Lunatic asylums Bombay report 1878-1890 - 1878-1890
Year: 1878
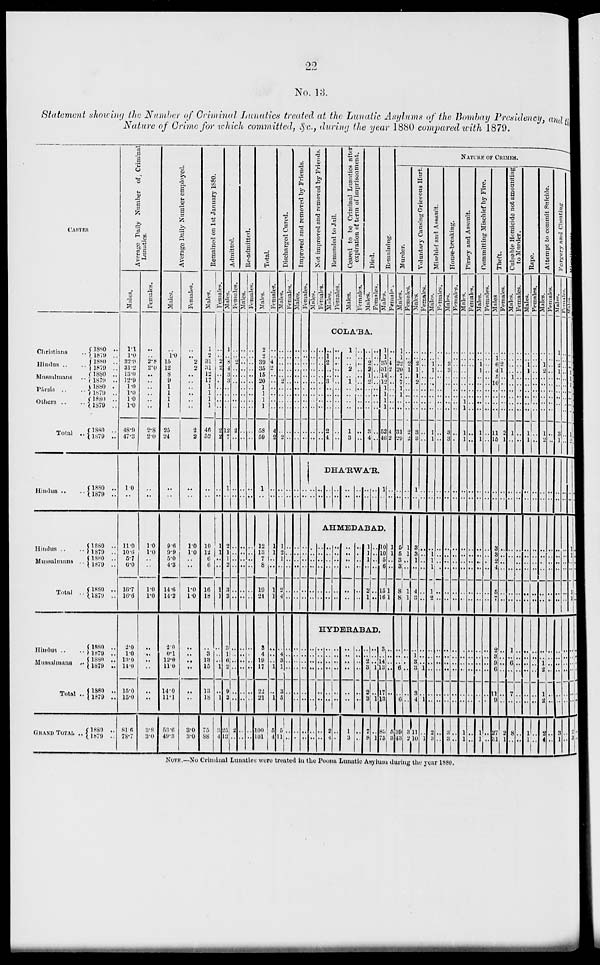
22
No. 13.
Statement showing the Number of Criminal Lunatics treated at the Lunatic Asylums of the Bombay Presidency, and the
Nature of Crime for which committed, &c., during the year 1880 compared with 1879.
CASTES
Christiana ..
Hindus .. ..
Mussulmans ..
Pársis .. ..
Others .. ..
Total ..
Hindus .. ..
Hindus .. ..
Mussalmans ...
Total ..
Hindus .. ..
Mussulmans ..
Total ..
GRAND TOTAL
..
1880 ..
1879 ..
1880 . ..
1879 ...
1880 ..
1879
...
1880
1879
...
1880
..
1879 ..
1880 ..
1879 ..
1880
...
1879 ..
1880 ..
1879
..
1880 ..
1879 ..
1880 ..
1879 ..
1880 ..
1879 ..
1880
..
1879 ..
1880
..
1879 ..
1880 ..
1879 ..
Average Daily Number of Criminal
Lunatics.
Males.
1.1
1.0
32.3
31.2
13.0
12.9
1.0
1.0
1.0
1.0
48.9
47.3
1.0
..
11.0
10.6
5.7
6.0
16.7
16.6
2.0
1.0
13.0
14.0
15.0
15.0
81.6
78.7
Females.
..
..
2.8
2.0
..
..
..
..
..
..
2.8
20
..
...
1.0
1.0
..
..
1.0
1.0
..
..
..
..
..
..
3.8
3.0
Average Daily Number employed.
Males.
..
1.0
15
12
8
9
1
1
1
1
25
24
..
..
9.6
9.9
5.0
4.3
14.6
14.2
2.0
0.1
12.0
11.0
14.0
11.1
53.6
49.3
Females.
..
..
2
2
..
..
..
..
..
..
2
2
..
..
1.0
1.0
..
..
1.0
1.0
..
..
..
..
..
..
3.0
3.0
Remained on 1st January 1880.
Males.
1
2
31
31
12
17
1
1
1
1
46
52
..
..
10
12
6
6
16
18
..
3
13
15
13
18
75
88
Females.
..
..
2
2
..
..
..
..
..
..
2
2
..
..
1
1
..
..
1
1
..
..
..
1
..
1
3
4
Admitted.
Males.
1
..
8
4
3
3
..
..
..
..
12
7
1
..
2
1
1
2
3
3
3
1
6
3
9
3
25
13
Females.
..
..
2
..
..
..
..
..
..
..
2
..
..
..
..
..
..
..
..
..
..
..
..
..
..
..
2
..
Re-admitted.
Males.
..
..
..
..
..
..
..
..
..
..
..
..
..
..
..
..
..
..
..
..
..
..
..
..
..
..
..
..
Females.
..
..
..
..
..
..
..
..
..
..
..
..
..
..
..
..
..
..
..
..
..
..
..
..
..
..
..
..
Total.
Males.
2
2
39
35
15
20
1
1
1
1
58
59
1
..
12
13
7
8
19
21
3
4
19
17
22
21
100
101
Females.
..
..
4
2
..
..
..
..
..
..
4
2
..
..
1
1
..
..
1
1
..
..
..
1
..
1
5
4
Discharged Cured.
Males.
..
..
..
..
.. 2
..
..
..
..
..
2
..
..
1
2
1
..
2
4
..
4
9
1
3
5
5
11
Females.
..
..
..
..
..
..
..
..
..
..
..
..
..
..
..
..
..
..
..
..
..
..
..
..
..
..
..
..
Improved and removed by Friends.
Males.
..
..
..
..
..
..
..
..
..
..
..
..
..
..
..
..
..
..
..
..
..
..
..
..
..
..
..
..
Females.
..
..
..
..
..
..
..
..
..
..
..
..
..
..
..
..
..
..
..
..
..
..
..
..
..
..
..
..
Not improved
and removed by Friends.
Males.
Females.
Remanded to Jail.
Males.
Females.
Ceased to be Criminal Lunatics after
expiration of term of imprisonment.
Males.
Females.
Died.
Males.
Females.
Remaining.
Males.
Female.
COLA'BA.
..
..
..
..
..
..
..
..
..
..
..
..
..
..
..
..
..
..
..
..
..
..
..
..
..
1
2
..
..
..
..
..
..
..
2
4
..
..
..
..
..
..
..
..
..
..
..
..
1
..
..
2
.. 1
..
..
..
..
1
3
..
..
..
..
..
..
..
..
..
..
..
..
..
..
2
2
1
2
..
..
..
..
3
4
..
..
..
..
..
..
..
..
..
..
..
..
..
..
35
31
14
12
..
..
..
..
52
40
..
..
4
2
1
..
..
..
..
..
4
2
DHA'RWA'R.
..
..
..
..
..
..
..
..
..
..
..
..
..
..
..
..
1
..
AHMEDABAD.
..
..
..
..
..
..
..
..
..
..
..
..
..
..
..
..
..
..
..
..
..
..
..
..
..
..
..
..
..
..
..
..
..
..
..
..
1
1
1
..
2
1
..
..
..
..
..
..
10
10
5
6
15
16
HYDERABAD.
..
..
..
..
..
..
..
..
..
..
..
..
..
..
..
..
..
..
..
..
..
..
2
4
..
..
..
..
..
..
..
..
..
..
..
..
..
..
1
3
..
..
..
..
..
..
..
..
..
..
2
3
2
3
7
8
..
..
..
1
..
1
..
1
3
.. 14 13
17
13
83
75
..
..
1
1
..
..
1
1
..
..
..
..
..
..
..
..
NATURE OF CRIMES.
Murder.
Males.
1
1
22
20
7
7
1
1
..
..
31
29
..
..
5
5
3
3
8
8
..
..
..
6
..
6
5
3
Females.
..
..
2
1
..
..
..
..
..
..
2
2
..
..
1
1
..
..
1
1
..
..
..
..
..
..
39
43
Voluntary Causing Grievous Hurt.
Males.
..
..
2
1
1
2
..
..
..
..
3
3
1
..
3
3
1
..
4
3
..
1
3
3
3
4
3
2
Females.
..
..
..
..
..
..
..
..
..
..
..
..
..
..
..
..
..
..
..
..
..
..
..
1
..
1
11
10
Mischief and Assault.
Males.
..
..
1
1
..
..
..
..
..
..
1
1
..
..
..
1
1
1
1
2
..
..
..
..
..
..
..
1
Females.
..
..
..
..
..
..
..
..
..
..
..
..
..
..
..
..
..
..
..
..
..
..
..
..
..
..
2
3
House-breaking.
Males.
..
..
3
3
..
..
..
..
..
..
3
3
..
..
..
..
..
..
..
..
..
..
..
..
..
..
..
..
Females.
..
..
..
..
..
..
..
..
..
..
..
..
..
..
..
..
..
..
..
..
..
..
..
..
..
..
..
3
3
Piracy and Assault.
Males.
..
..
..
..
..
..
..
..
1
1
1
1
..
..
..
..
..
..
..
..
..
..
..
..
..
..
..
1
1
Females.
..
..
..
..
..
..
..
..
..
..
..
..
..
..
..
..
..
..
..
..
..
..
..
..
..
..
..
..
..
Committing Mischief by Fire.
Males.
..
..
1
1
..
..
..
..
..
..
1
1
..
..
..
..
..
..
..
..
..
..
..
..
..
..
..
1
1
Females.
..
..
..
..
..
..
..
..
..
..
..
..
..
..
..
..
..
..
..
..
..
..
..
..
..
..
..
..
Theft.
Males.
..
1
6
4
5
10
..
..
..
..
11
15
..
..
..
3
3
2
4
5
7
2
3
9
6
11
9
27
31
Females.
..
..
2
1
..
..
..
..
..
..
2
1
..
..
..
..
..
..
..
..
..
..
..
..
..
..
..
2
1
Culpable Homicide not amounting
to Murder.
Males.
..
..
..
..
1
..
..
..
..
..
1
..
..
..
..
..
..
..
..
..
..
1
..
6
..
7
..
8
..
Females.
..
..
..
..
..
..
..
..
..
..
..
..
..
..
..
..
..
..
..
..
..
..
..
..
..
..
..
..
..
Rape.
Males.
..
..
1
1
..
..
..
..
..
..
1
1
..
..
..
..
..
..
..
..
..
..
..
..
..
..
1
1
Females.
..
..
..
..
..
..
..
..
..
..
..
..
..
..
..
..
..
..
..
..
..
..
..
..
..
..
..
..
Attempt to commit Suicide.
Males.
..
..
1
2
..
..
..
..
..
..
1
2
..
..
..
..
..
..
..
..
..
..
1
2
1
2
2
4
Females.
..
..
..
..
..
..
..
..
..
..
..
..
..
..
..
..
..
..
..
..
..
..
..
..
..
..
..
..
Forgery
and Cheating
Males.
1
..
2
1
..
..
..
..
..
..
3
1
..
..
..
..
..
..
..
..
..
..
..
..
..
..
3
1
Females.
..
..
..
..
..
..
..
..
..
..
..
..
..
..
..
..
..
..
..
..
..
..
..
..
..
..
..
..
Males.
..
..
..
1
1
..
..
..
..
..
1
2
..
..
1
1
..
..
1
1
..
..
..
..
..
..
2
3
NOTE.—No Criminal Lunatics were treated in the Poona Lunutic Asylum during the year 1880.